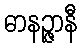
ဓာနဉ္ဇာနီ